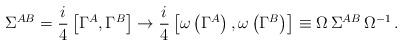
\begin{align*}\Sigma^{AB} = {i\over 4} \left[\Gamma^A,\Gamma^B\right] \to{i\over 4} \left[\omega \left(\Gamma^A\right),\omega\left(\Gamma^B\right)\right] \equiv \Omega\, \Sigma^{AB}\, \Omega^{-1} \, .\end{align*}